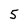
Character: 5